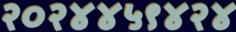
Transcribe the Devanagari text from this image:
२०२४४५९४२४